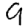
Digit: 9